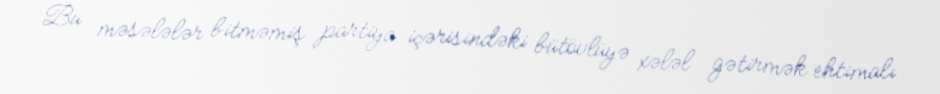
Bu məsələlər bitməmiş partiya içərisindəki bütövlüyə xələl gətirmək ehtimalı